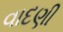
વાદણી